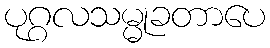
ပုဂ္ဂလသမ္မုခတာပေ